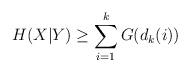
LaTeX: \begin{align*}H(X|Y) \geq \sum_{i=1}^{k} G(d_k(i))\end{align*}